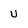
Character: u